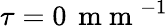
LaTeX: \tau=0\, \mathrm{~m~m~}^{-1}